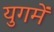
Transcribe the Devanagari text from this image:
युगमें